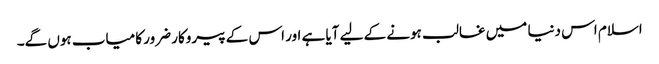
اسلام اس دنیا میں غالب ہونے کے لیے آیا ہے اور اس کے پیروکار ضرور کامیاب ہوں گے۔